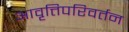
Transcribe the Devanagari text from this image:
आवृत्तिपरिवर्तन